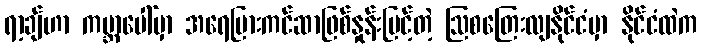
ရာ့ချ်ဟာ ကမ္ဘာပေါ်မှာ အရေပြားကင်ဆာဖြစ်နှုန်းမြင့်တဲ့ ဩစတြေးလျနိုင်ငံမှာ နိုင်ငံထဲက